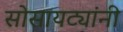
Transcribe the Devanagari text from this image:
सोसायट्यांनी